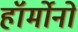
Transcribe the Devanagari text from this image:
हॉर्मोनो